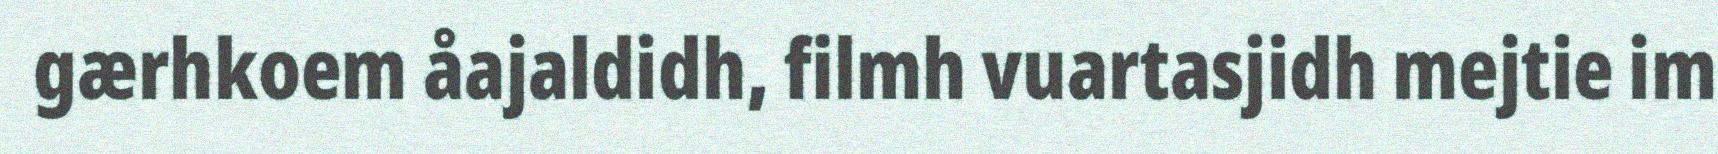
gærhkoem åajaldidh, filmh vuartasjidh mejtie im